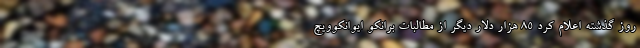
روز گذشته اعلام کرد 85 هزار دلار دیگر از مطالبات برانکو ایوانکوویچ